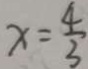
x = \frac { 4 } { 3 }